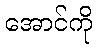
အောင်ကို